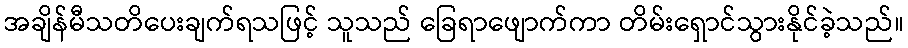
အချိန်မီသတိပေးချက်ရသဖြင့် သူသည် ခြေရာဖျောက်ကာ တိမ်းရှောင်သွားနိုင်ခဲ့သည်။